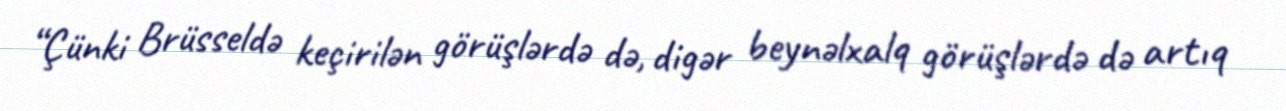
“Çünki Brüsseldə keçirilən görüşlərdə də, digər beynəlxalq görüşlərdə də artıq